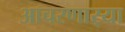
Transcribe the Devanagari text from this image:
आचरणार्‍या